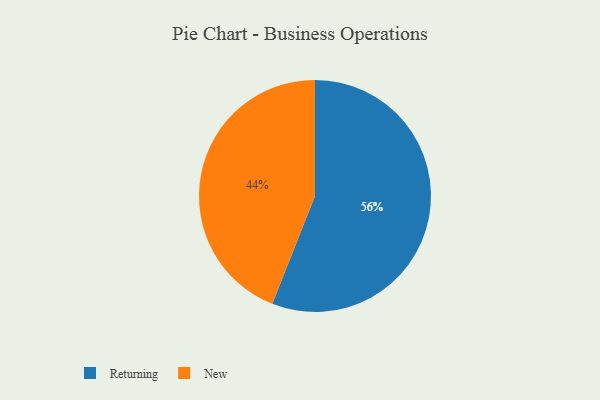
{"axis": {"x": "Category", "y": "Percentage"}, "legend": ["New", "Returning"], "data": [{"x": "New", "y": 44, "type": "New"}, {"x": "Returning", "y": 56, "type": "Returning"}]}